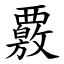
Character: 覈